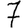
Digit: 7